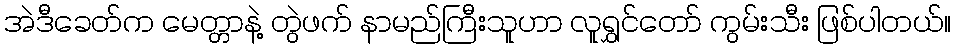
အဲဒီခေတ်က မေတ္တာနဲ့ တွဲဖက် နာမည်ကြီးသူဟာ လူရွှင်တော် ကွမ်းသီး ဖြစ်ပါတယ်။